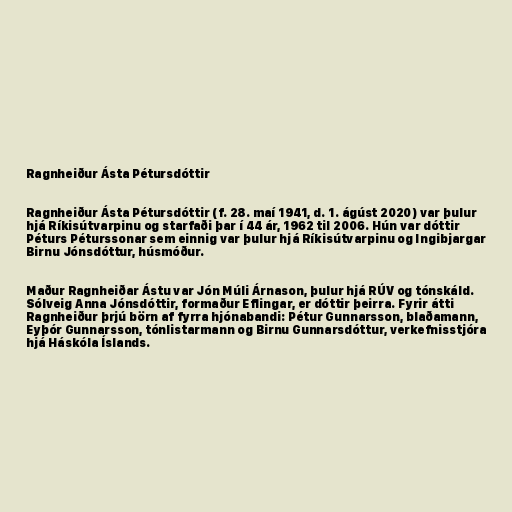
Ragnheiður Ásta Pétursdóttir

Ragnheiður Ásta Pétursdóttir (f. 28. maí 1941, d. 1. ágúst 2020) var þulur
hjá Ríkisútvarpinu og starfaði þar í 44 ár, 1962 til 2006. Hún var dóttir
Péturs Péturssonar sem einnig var þulur hjá Ríkisútvarpinu og Ingibjargar
Birnu Jónsdóttur, húsmóður.

Maður Ragnheiðar Ástu var Jón Múli Árnason, þulur hjá RÚV og tónskáld.
Sólveig Anna Jónsdóttir, formaður Eflingar, er dóttir þeirra. Fyrir átti
Ragnheiður þrjú börn af fyrra hjónabandi: Pétur Gunnarsson, blaðamann,
Eyþór Gunnarsson, tónlistarmann og Birnu Gunnarsdóttur, verkefnisstjóra
hjá Háskóla Íslands.